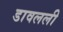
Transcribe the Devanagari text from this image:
डावलली